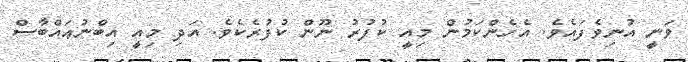
ވަނީ އުނިވެފައެވެ. އެހެންކަމުން މިއީ ކުފުރު ނޫން ކުފުރެކެވެ. އަދި މިއީ އިބްނުޢައްބާސް